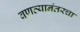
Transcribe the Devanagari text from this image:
वणव्यानंतरचा